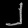
Digit: ၂